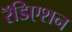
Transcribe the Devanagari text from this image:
रॅडिएशन